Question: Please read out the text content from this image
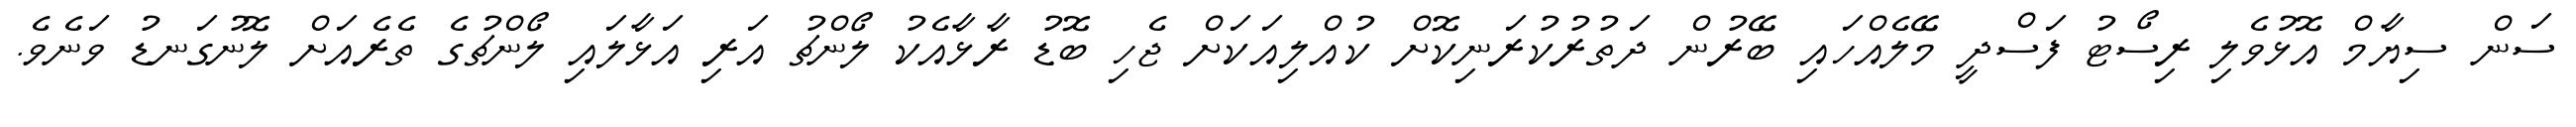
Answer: ސަން ސިޔާމް އޮޅުވެލި ރިސޯޓު ފަސްދީ މޭލެއްހައި ބޭރުން ދަތުރުކުރަނިކޮށް ކުއްލިއަކަށް ޖެހި ބޮޑު ރާޅާއެކު ލޯންޗު އަރި އަޅާލައި ލޯންޗުގެ ތެރެއަށް ލޮނުގަނޑު ވަނެވެ.